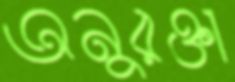
অনুরক্তা